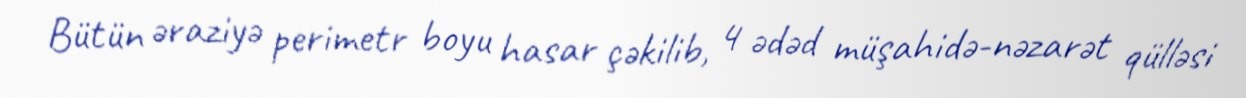
Bütün əraziyə perimetr boyu hasar çəkilib, 4 ədəd müşahidə-nəzarət qülləsi